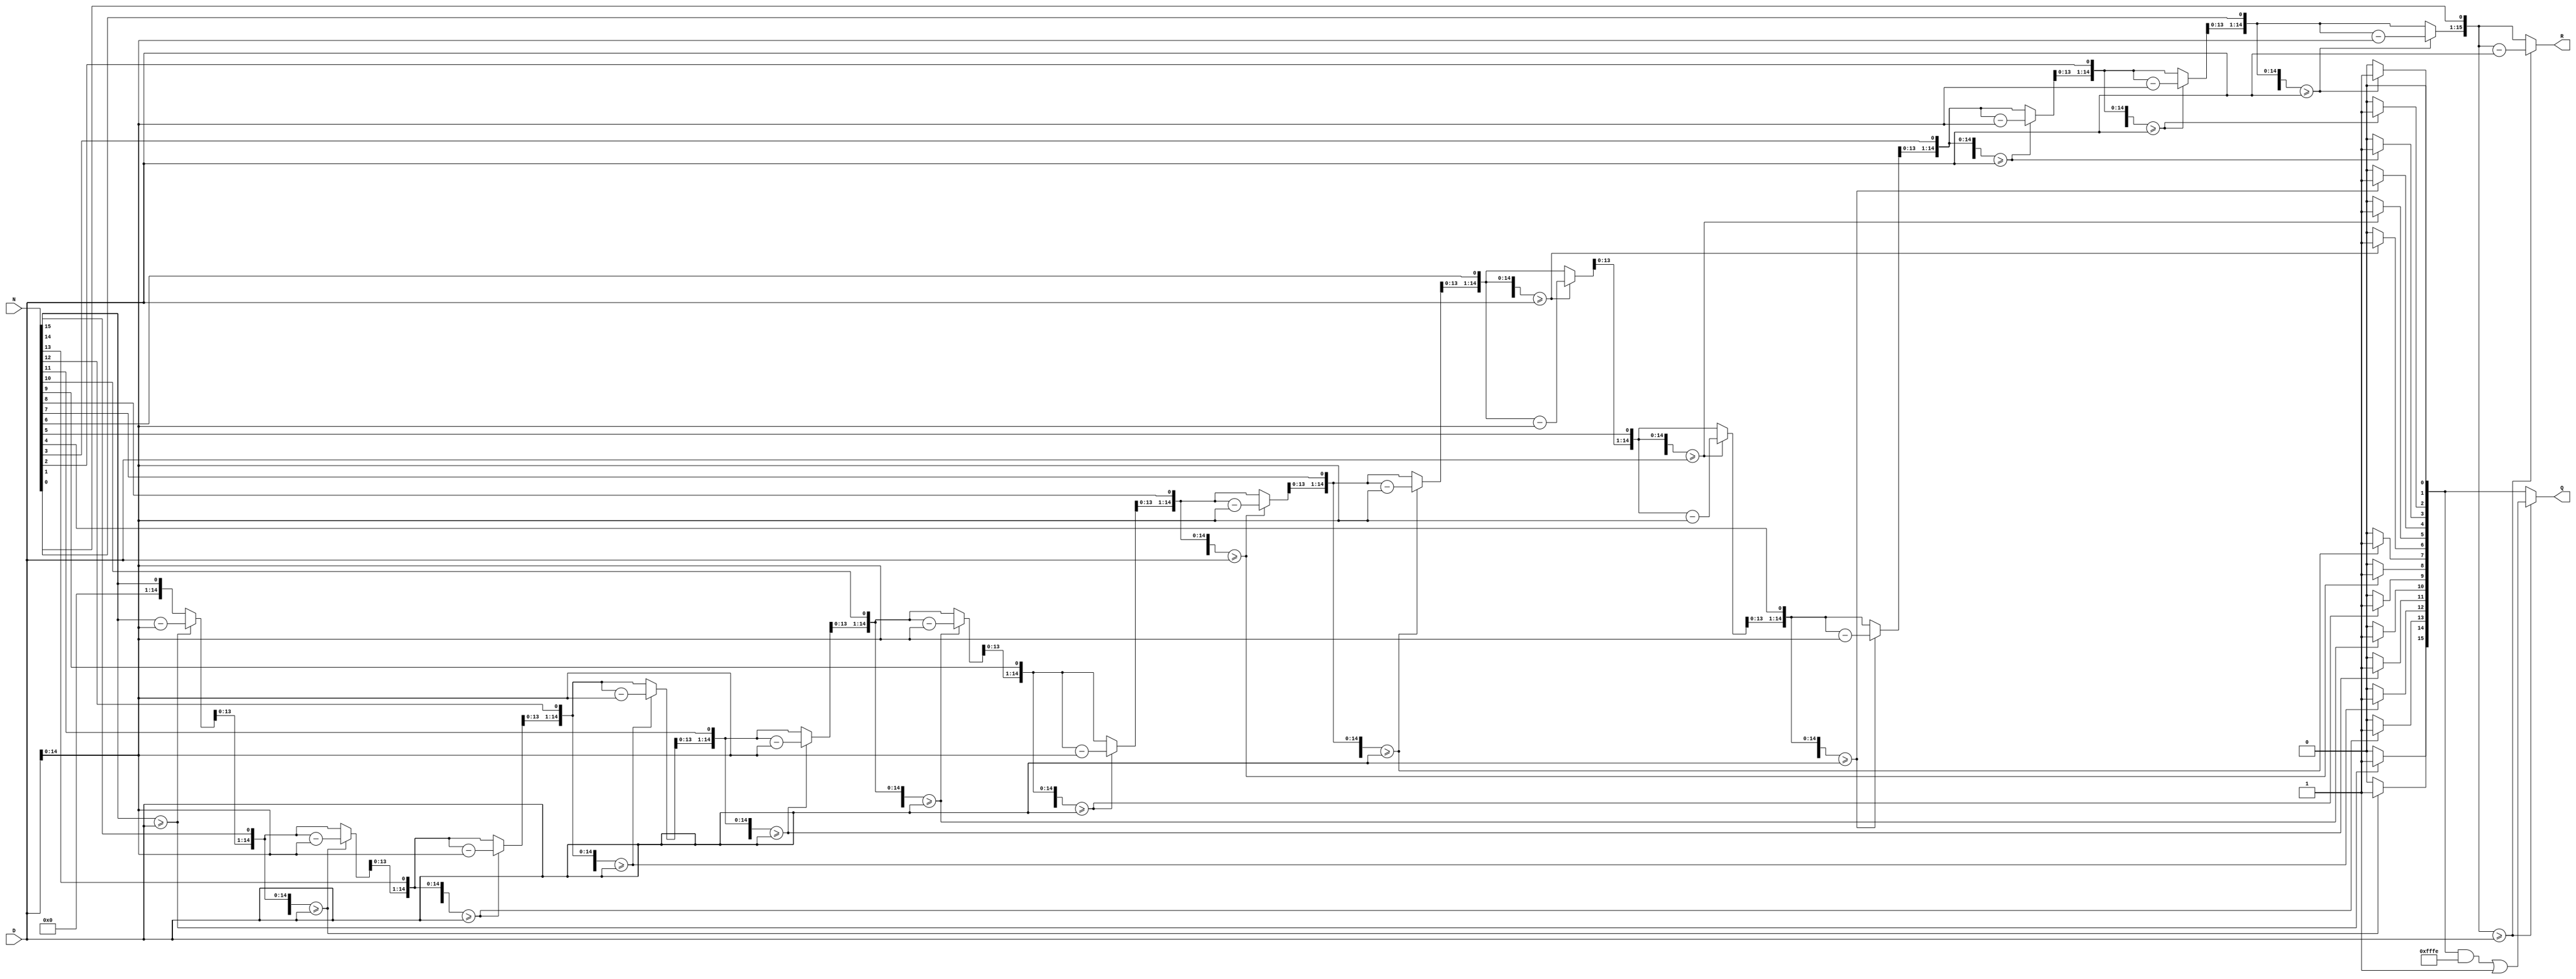
`timescale 1ns / 1ps
//////////////////////////////////////////////////////////////////////////////////
// Company: 
// Engineer: 
// 
// Design Name: 
// Module Name:    div_algo 
// Project Name: 
// Target Devices: 
// Tool versions: 
// Description: 
//
// Dependencies: 
//
// Revision: 
// Revision 0.01 - File Created
// Additional Comments: 
//
//////////////////////////////////////////////////////////////////////////////////
module div_algo(
   output [15:0] Q,
	output [15:0] R,
	input  [15:0] N,
	input  [15:0] D);
	
	//Algoritmul folosit este "Integer division (unsigned) with remainder"
	//Alegerea este motivata in README
	
	//Declararea variabilelor de tip reg pt a putea lua valori
	reg [3:0] i; //pe 4 biti, deoarece are valori de la 1 la 15<(2^4)
	reg [15:0] Q_reg;
	reg [15:0] R_reg;
	
	always @(*) begin
	
	//Daca impartitorul este 0, afisez mesaj de eroare
	if(D==0)
		begin 
			$display("Eroare: Nu se poate imparti la 0");
		end
		
	//Initializare Q si R cu 0 conform algoritmului
	Q_reg=0;
	R_reg=0;
	
	for(i=15; i>0; i=i-1) //i==n-1, unde n este nr de biti din N
		begin
			R_reg=R_reg<<1; //R_reg se shifteaza la stanga cu un bit
			R_reg[0]=N[i]; //Setez ca LSB al lui R sa fie egal cu bitul i al lui N
			
			if(R_reg >= D)
				begin
					R_reg=R_reg-D;
					Q_reg[i]=1;
				end
		end //end pt for
	
	//">=0" in interiorul "for" rezulta in failed to synthesize
	//">-1" rezulta in rulare, dar rezultatele nu sunt bune
	
	// astfel, am decis sa fac un caz separat pt i==0
	if (i==0)
		begin
			R_reg=R_reg<<1;
			R_reg[0]=N[i];
			
			if(R_reg >= D)
				begin
					R_reg=R_reg-D;
					Q_reg[i]=1;
				end
		end //end pt cazul special

	end //end pt blocul always combinational
	
	assign Q = Q_reg;
	assign R = R_reg;

endmodule